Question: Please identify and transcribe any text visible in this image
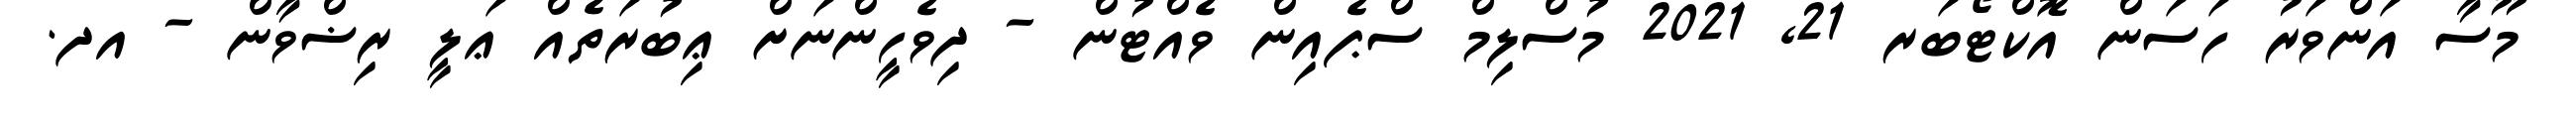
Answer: މޫސާ އަންވަރު ހަސަން އޮކްޓޯބަރ 21, 2021 މުސްލިމް ސްޕެއިން ވެއްޓުން - ދިވެހީންނަށް ޢިބުރަތެއް ޢަލީ ރިޟްވާން - އދ.